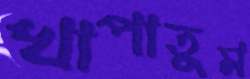
খাপাতুম